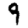
Digit: 9